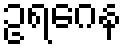
ဥရဂေန